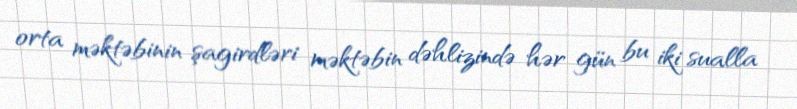
orta məktəbinin şagirdləri məktəbin dəhlizində hər gün bu iki sualla